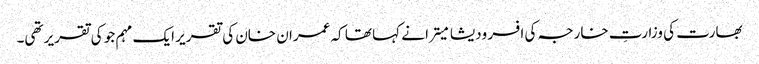
بھارت کی وزارتِ خارجہ کی افسر ودیشا میترا نے کہا تھا کہ عمران خان کی تقریر ایک مہم جو کی تقریر تھی۔